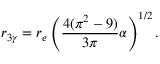
r _ { 3 \gamma } = r _ { e } \left( { \frac { 4 ( \pi ^ { 2 } - 9 ) } { 3 \pi } } \alpha \right) ^ { 1 / 2 } .